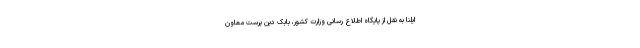
ایلنا به نقل از پایگاه اطلاع رسانی وزارت کشور، بابک دین پرست معاون